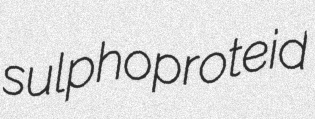
sulphoproteid